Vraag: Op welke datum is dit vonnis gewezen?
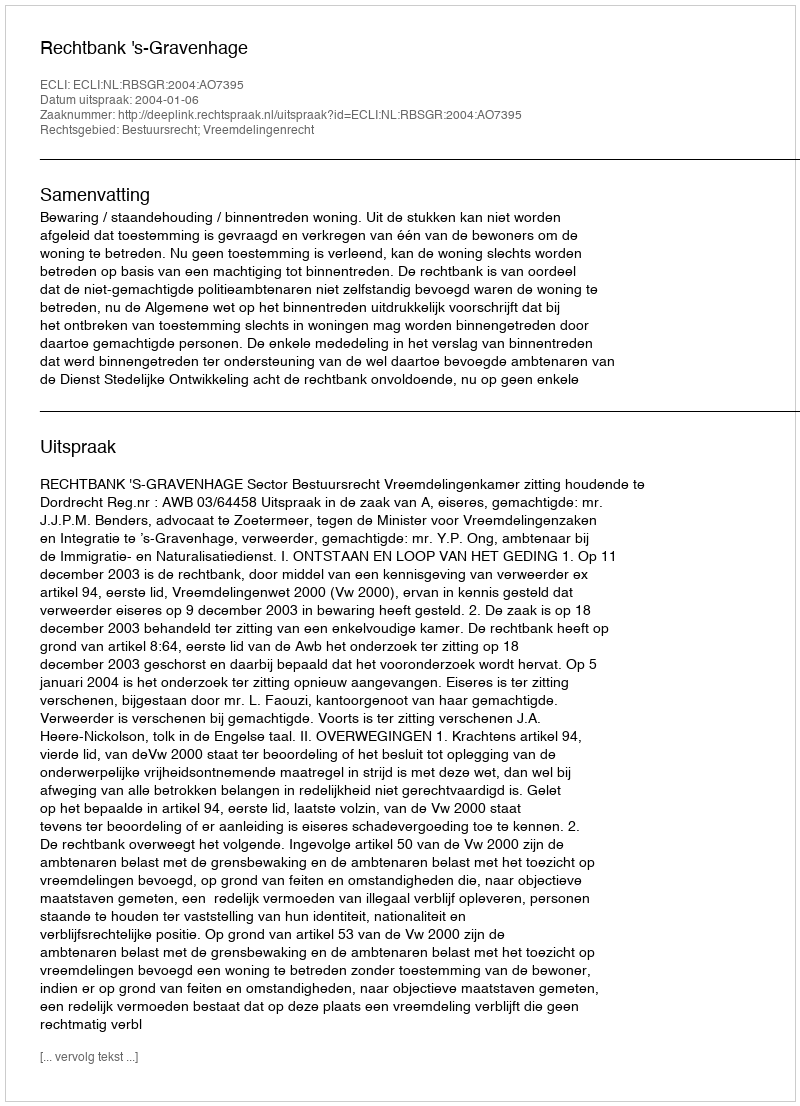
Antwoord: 2004-01-06